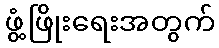
ဖွံ့ဖြိုးရေးအတွက်